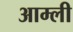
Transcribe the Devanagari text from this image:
आम्ली